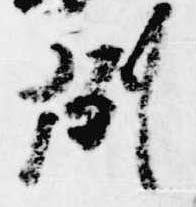
例